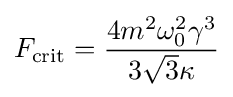
F_{\mathrm {crit} }={\frac {4m^{2}\omega _{0}^{2}\gamma ^{3}}{3{\sqrt {3}}\kappa }}